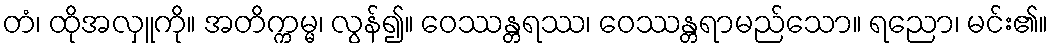
တံ၊ ထိုအလှူကို။ အတိက္ကမ္မ၊ လွန်၍။ ဝေဿန္တရဿ၊ ဝေဿန္တရာမည်သော။ ရညော၊ မင်း၏။